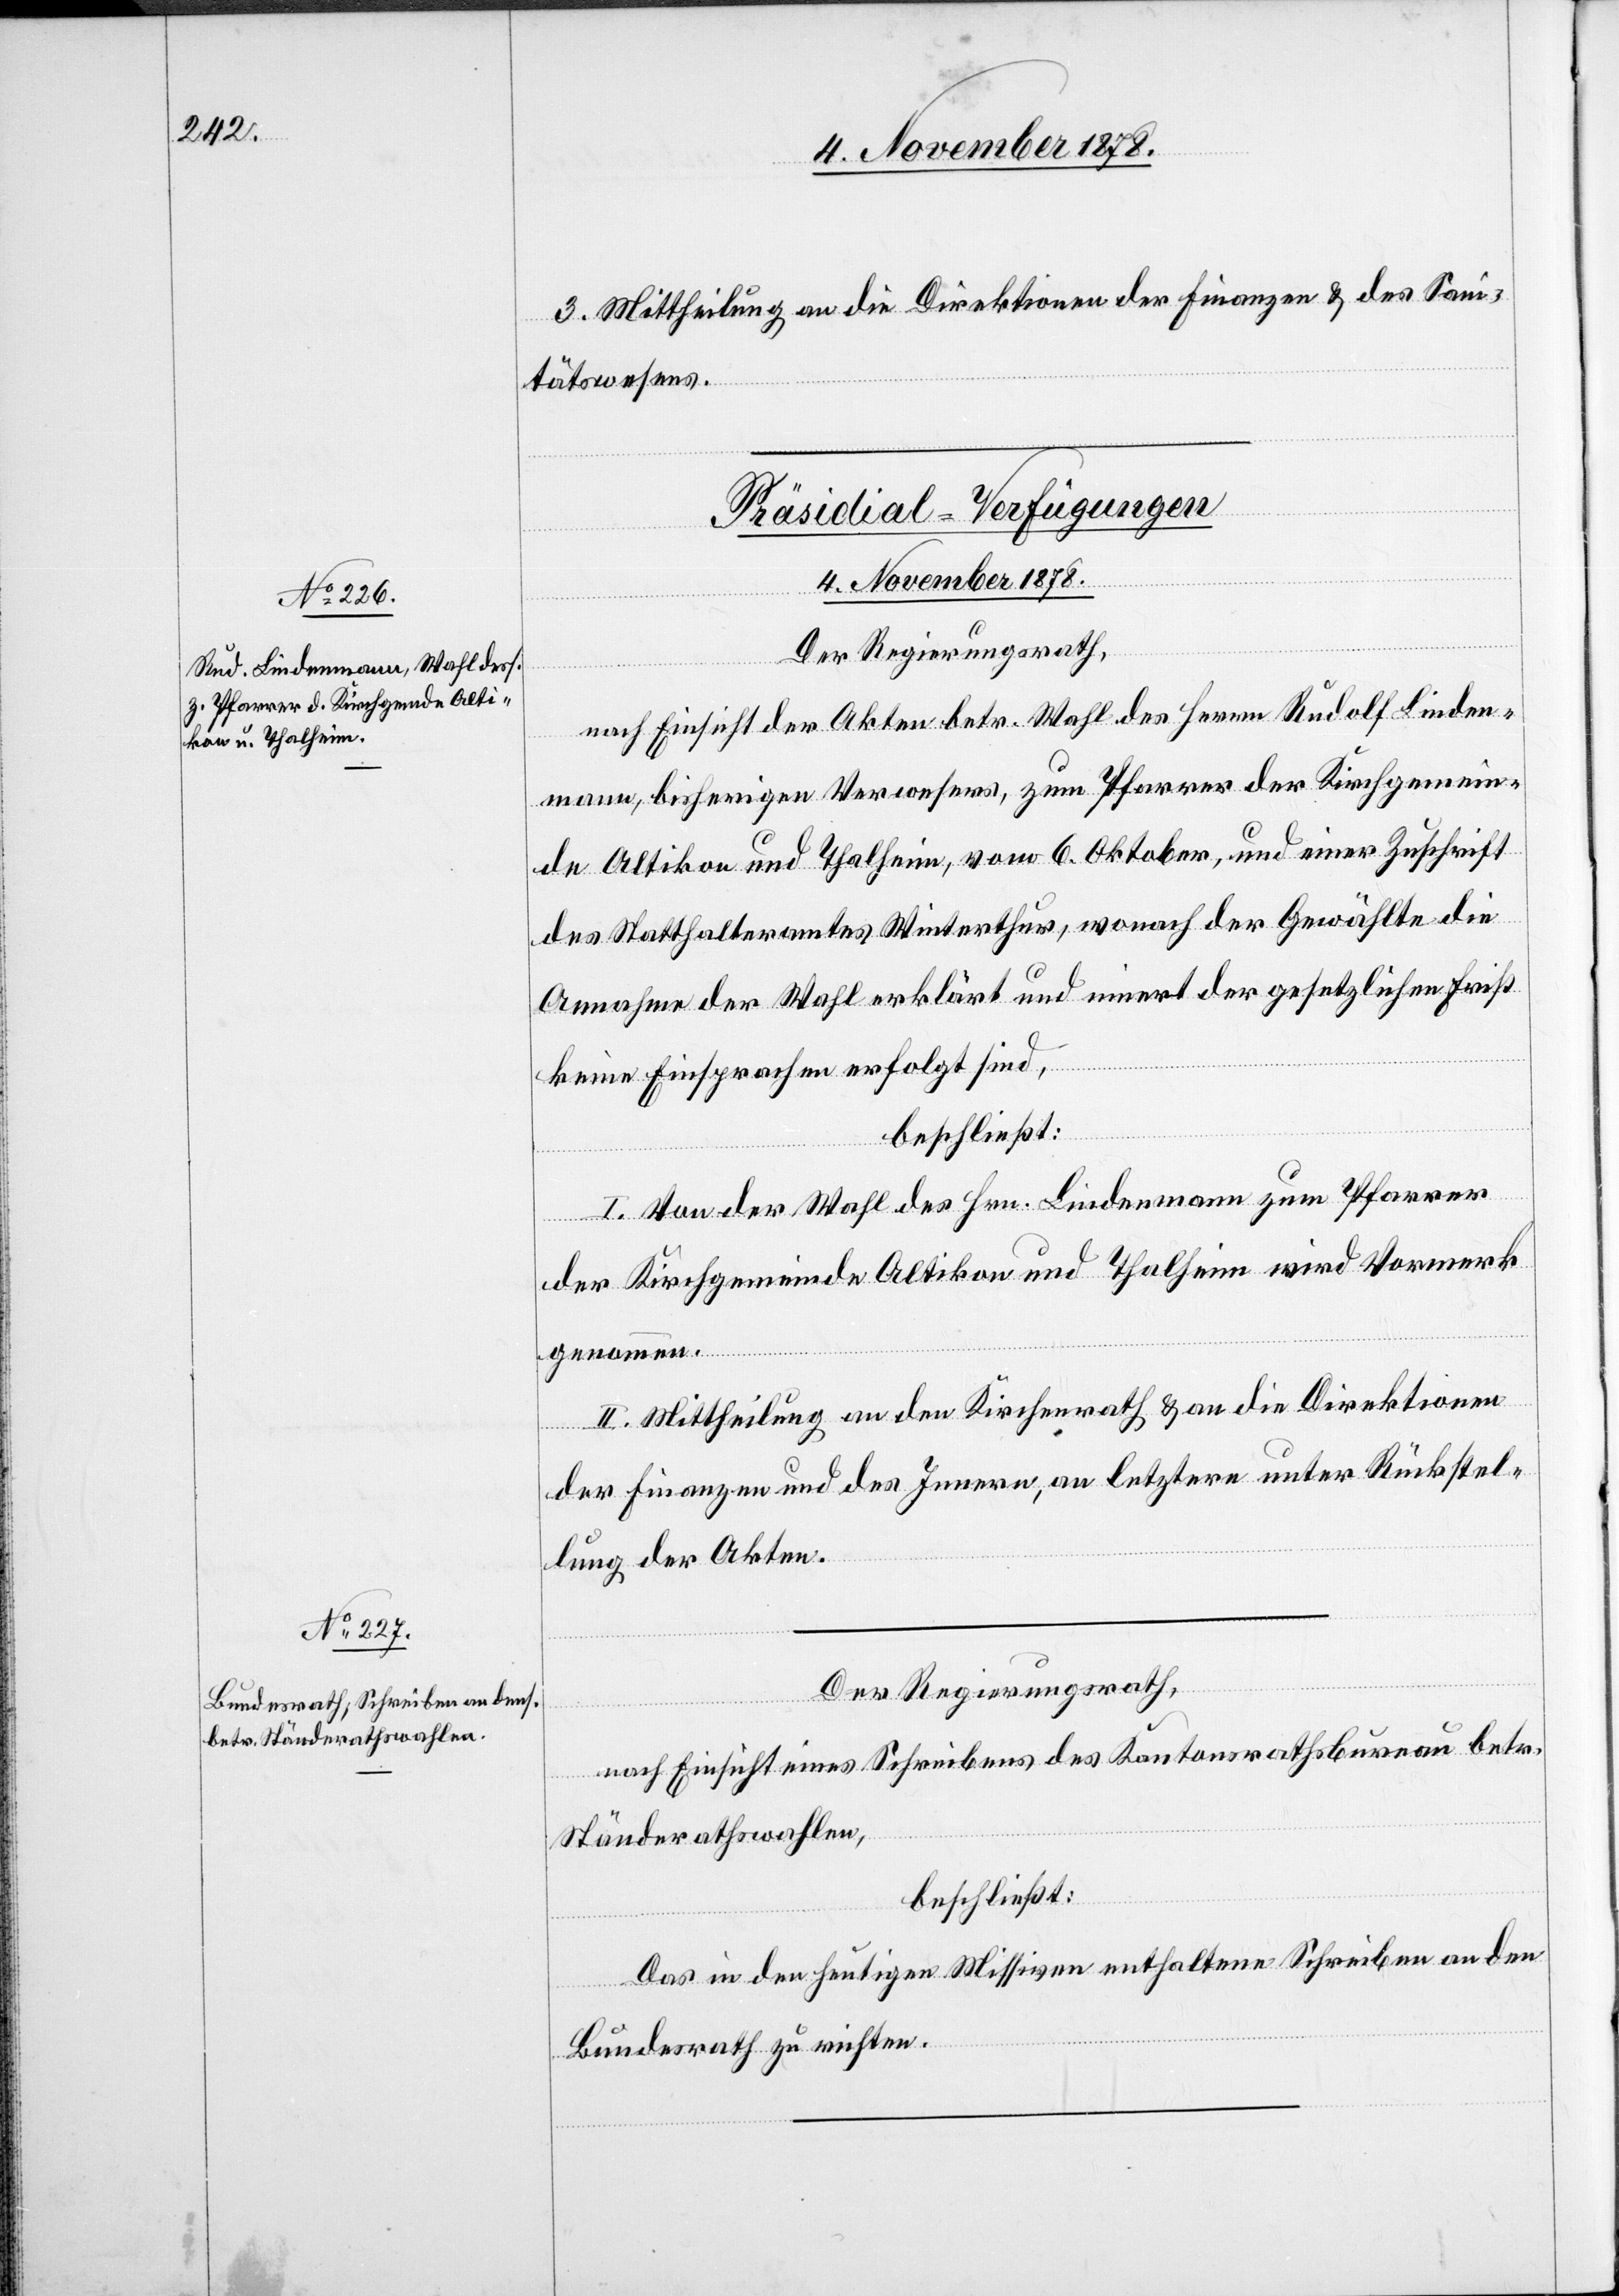
3. Mittheilung an die Direktionen der Finanzen & des Sani¬
tätswesens.
[Präsidial-Verfügungen
4. November 1878.]
Der Regierungsrath,
nach Einsicht der Akten betr. Wahl des Herrn Rudolf Linden¬
mann, bisherigen Verwesers, zum Pfarrer der Kirchgemein¬
de Altikon und Thalheim, vom 6. Oktober, und einer Zuschrift
des Statthalteramtes Winterthur, wonach der Gewählte die
Annahme der Wahl erklärt und innert der gesetzlichen Frist
keine Einsprachen erfolgt sind,
beschließt:
I. Von der Wahl des Hrn. Lindenmann zum Pfarrer
der Kirchgemeinde Altikon und Thalheim wird Vormerk
genommen.
II. Mittheilung an den Kirchenrath & an die Direktionen
der Finanzen und des Innern, an letztere unter Rückstel¬
lung der Akten.
nach Einsicht eines Schreibens des Kantonsrathsbureau betr.
Ständerathswahlen,
beschließt:
Das in den heutigen Missiven enthaltene Schreiben an den
Bundesrath zu richten.